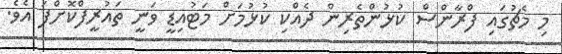
މި މެޗުގައި ފްރާންސް ކުޅުންތެރިން ދެއްކި ކުޅުމަށް މަޓުއިޑީ ވަނީ ތައުރީފްކޮށްފަ އެވެ.